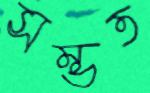
সম্ভত